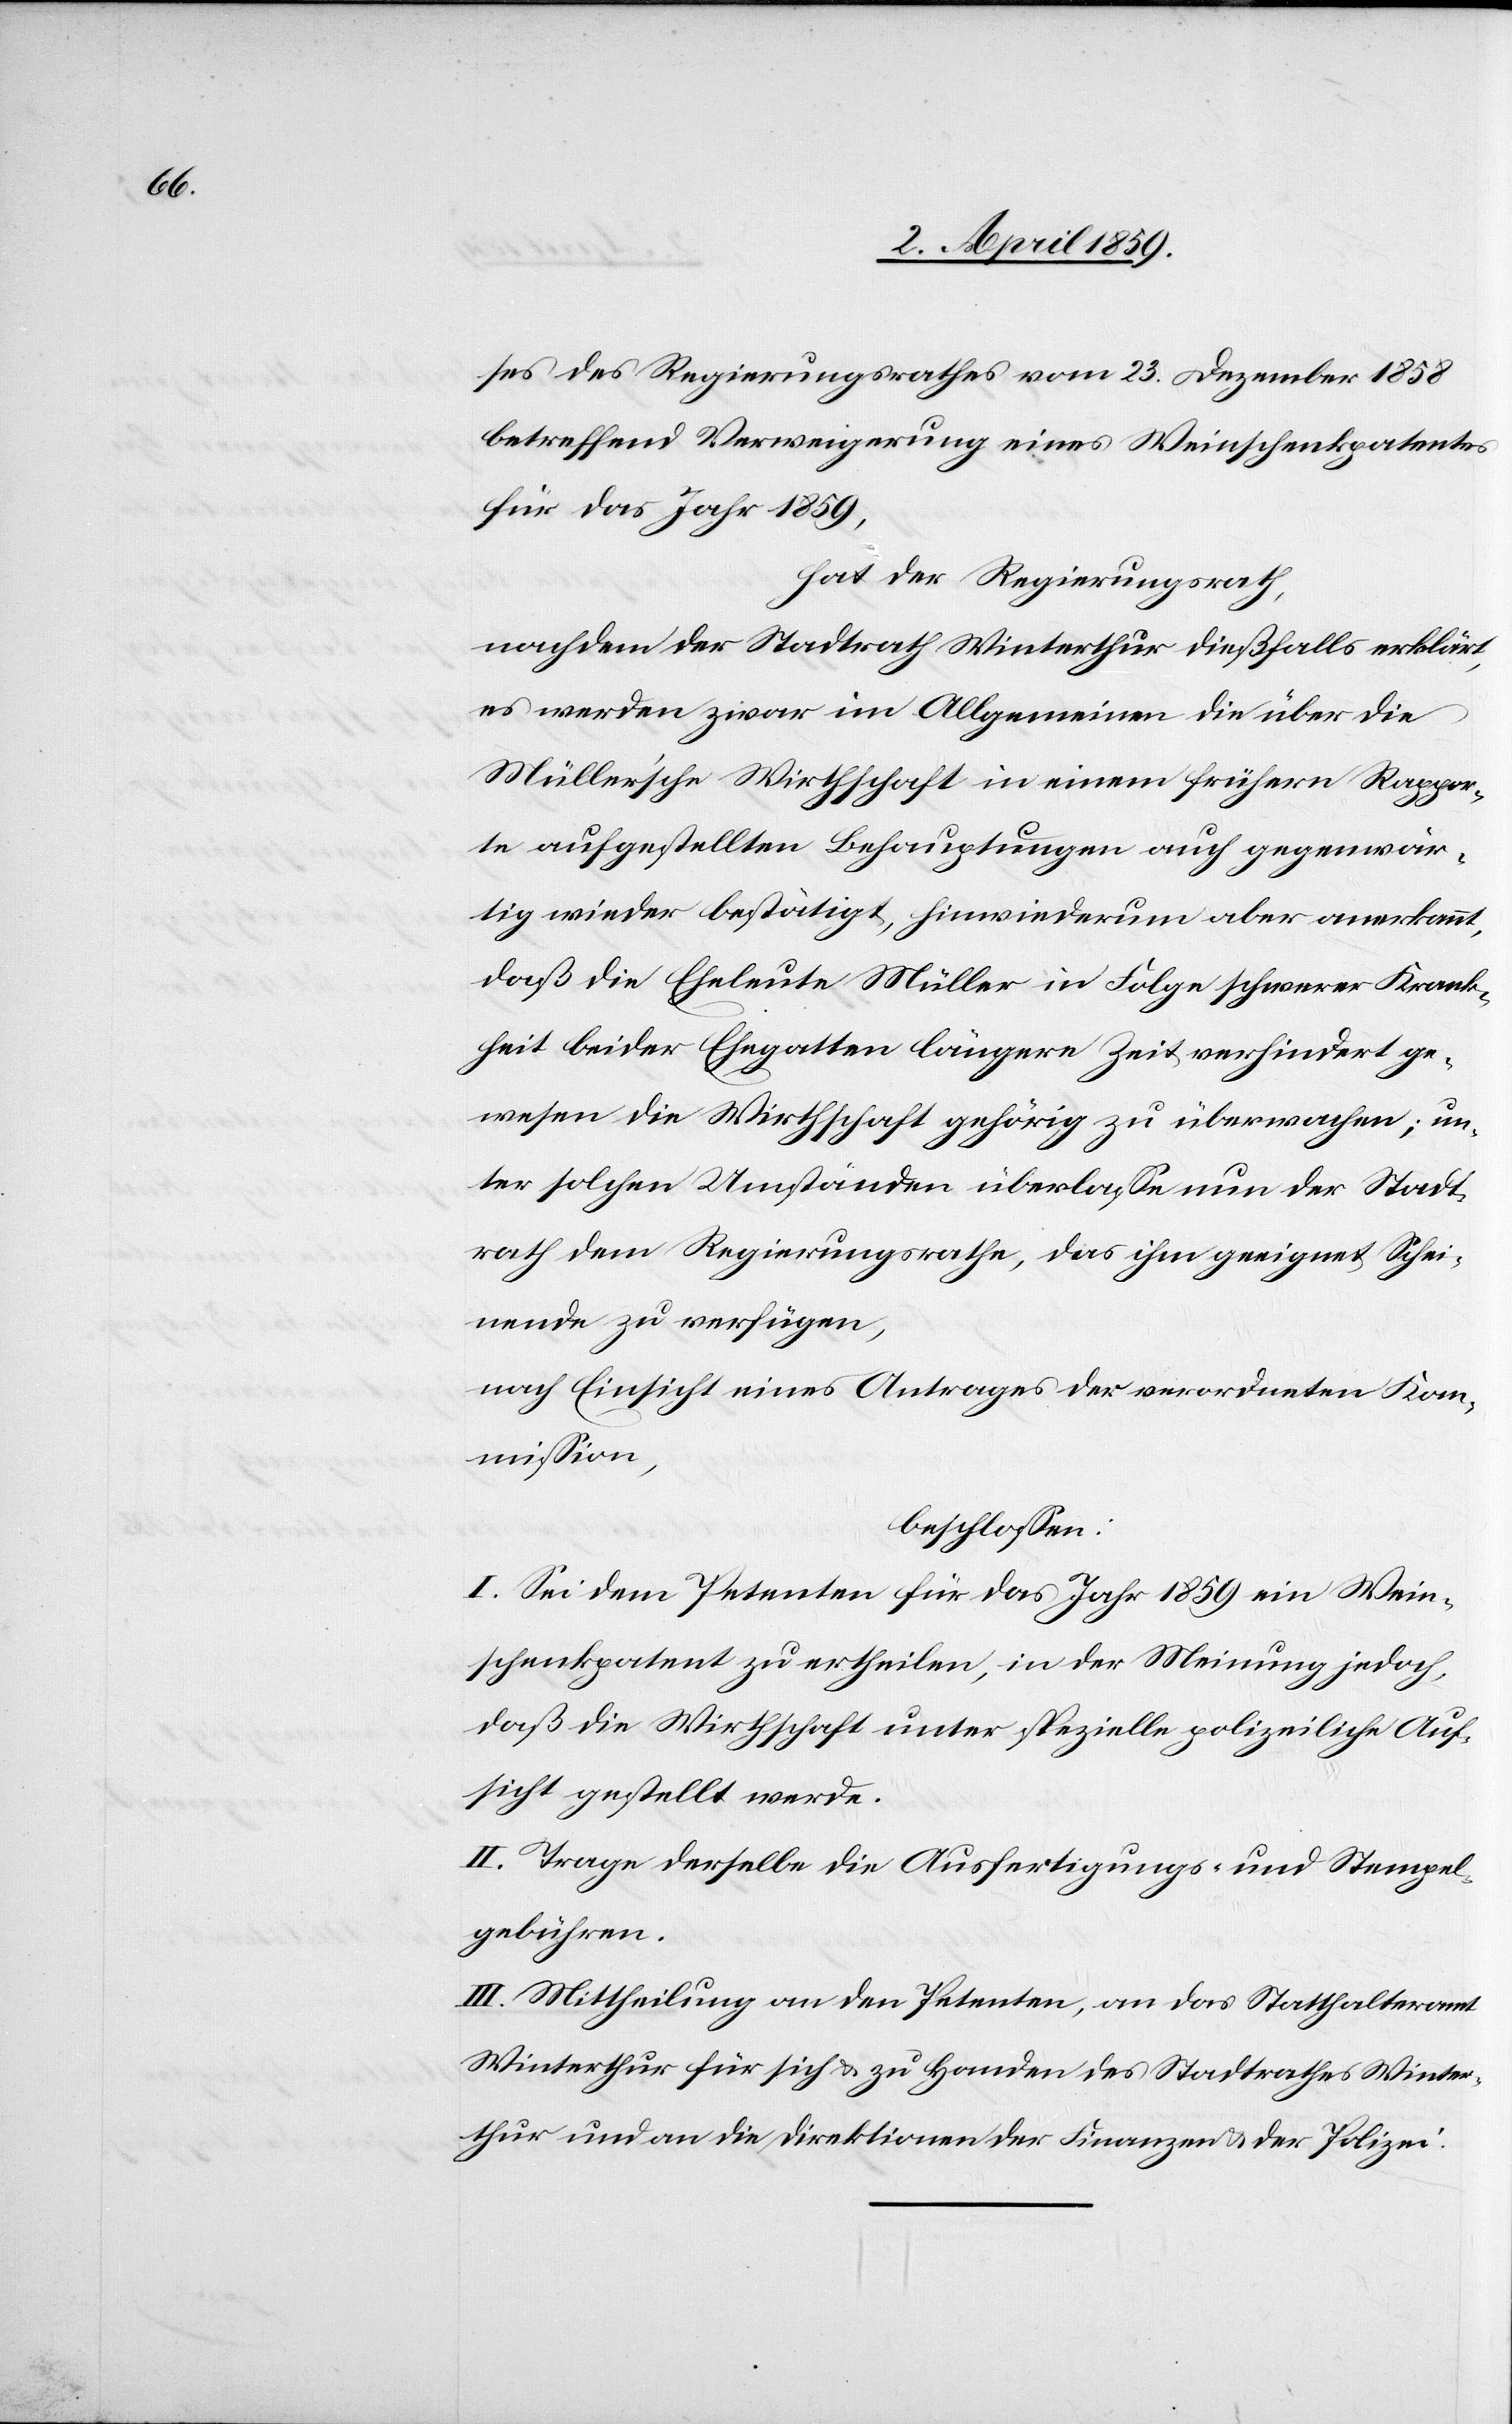
ses des Regierungsrathes vom 23. Dezember 1858
betreffend Verweigerung eines Weinschenkpatentes
für das Jahr 1859,
hat der Regierungsrath,
nachdem der Stadtrath Winterthur dießfalls erklärt,
es werden zwar im Allgemeinen die über die
Müllersche Wirthschaft in einem frühern Rappor¬
te aufgestellten Behauptungen auch gegenwär¬
tig wieder bestätigt, hinwiederum aber anerkannt,
daß die Eheleute Müller in Folge schwerer Krank¬
heit beider Ehegatten längere Zeit verhindert ge¬
wesen die Wirthschaft gehörig zu überwachen; un¬
ter solchen Umständen überlaße nun der Stadt¬
rath dem Regierungsrathe, das ihm geeignet Schei¬
nende zu verfügen,
nach Einsicht eines Antrages der verordneten Kom¬
mißion,
beschloßen:
I. Sei dem Petenten für das Jahr 1859 ein Wein¬
schenkpatent zu ertheilen, in der Meinung jedoch,
daß die Wirthschaft unter spezielle polizeiliche Auf¬
sicht gestellt werde.
II. Trage derselbe die Ausfertigungs- und Stempel¬
gebühren.
III. Mittheilung an den Petenten, an das Statthalteramt
Winterthur für sich & zu Handen des Stadtrathes Winter¬
thur und an die Direktion der Finanzen u. der Polizei.